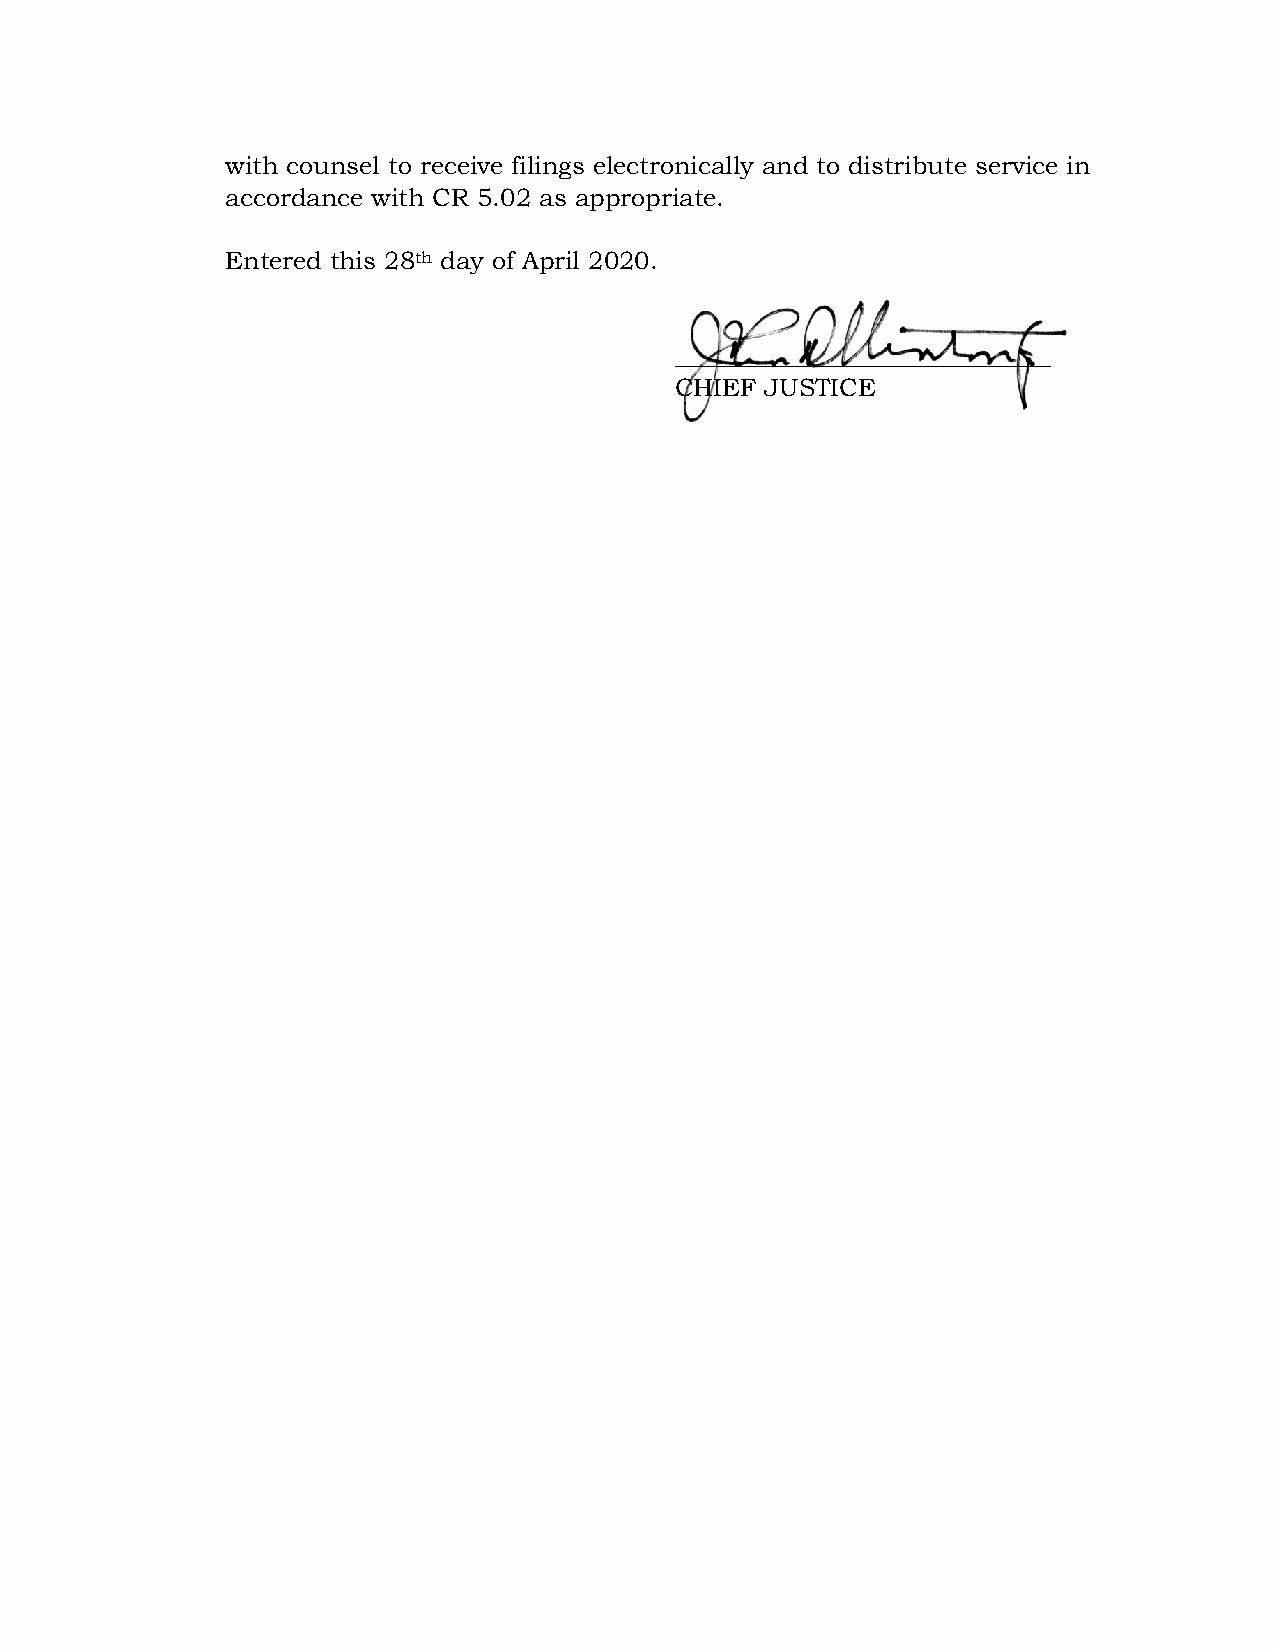
with counsel to receive filings electronically and to distribute service in
 accordance with CR 5.02 as appropriate.
 Entered this 28th day of April 2020.
 ______________________________
 CHIEF JUSTICE